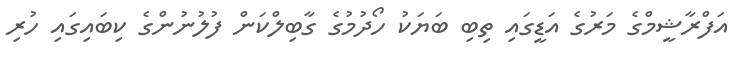
އަފްރާޝީމްގެ މަރުގެ އަޑީގައި ތިބި ބަޔަކު ހޯދުމުގެ ގާބިލްކަން ފުލުނުންގެ ކިބައިގައި ހުރި